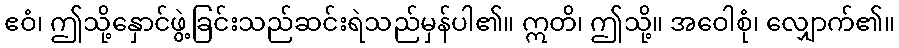
ဧဝံ၊ ဤသို့နှောင်ဖွဲ့ခြင်းသည်ဆင်းရဲသည်မှန်ပါ၏။ ဣတိ၊ ဤသို့။ အဝေါစုံ၊ လျှောက်၏။